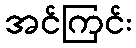
အင်ကြင်း